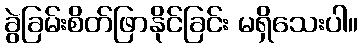
ခွဲခြမ်းစိတ်ဖြာနိုင်ခြင်း မရှိသေးပါ။